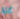
غير